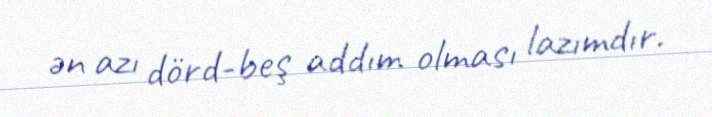
ən azı dörd-beş addım olması lazımdır.